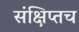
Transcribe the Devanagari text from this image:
संक्षिप्तच